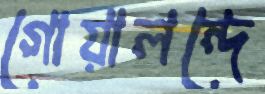
গোয়ালন্দে